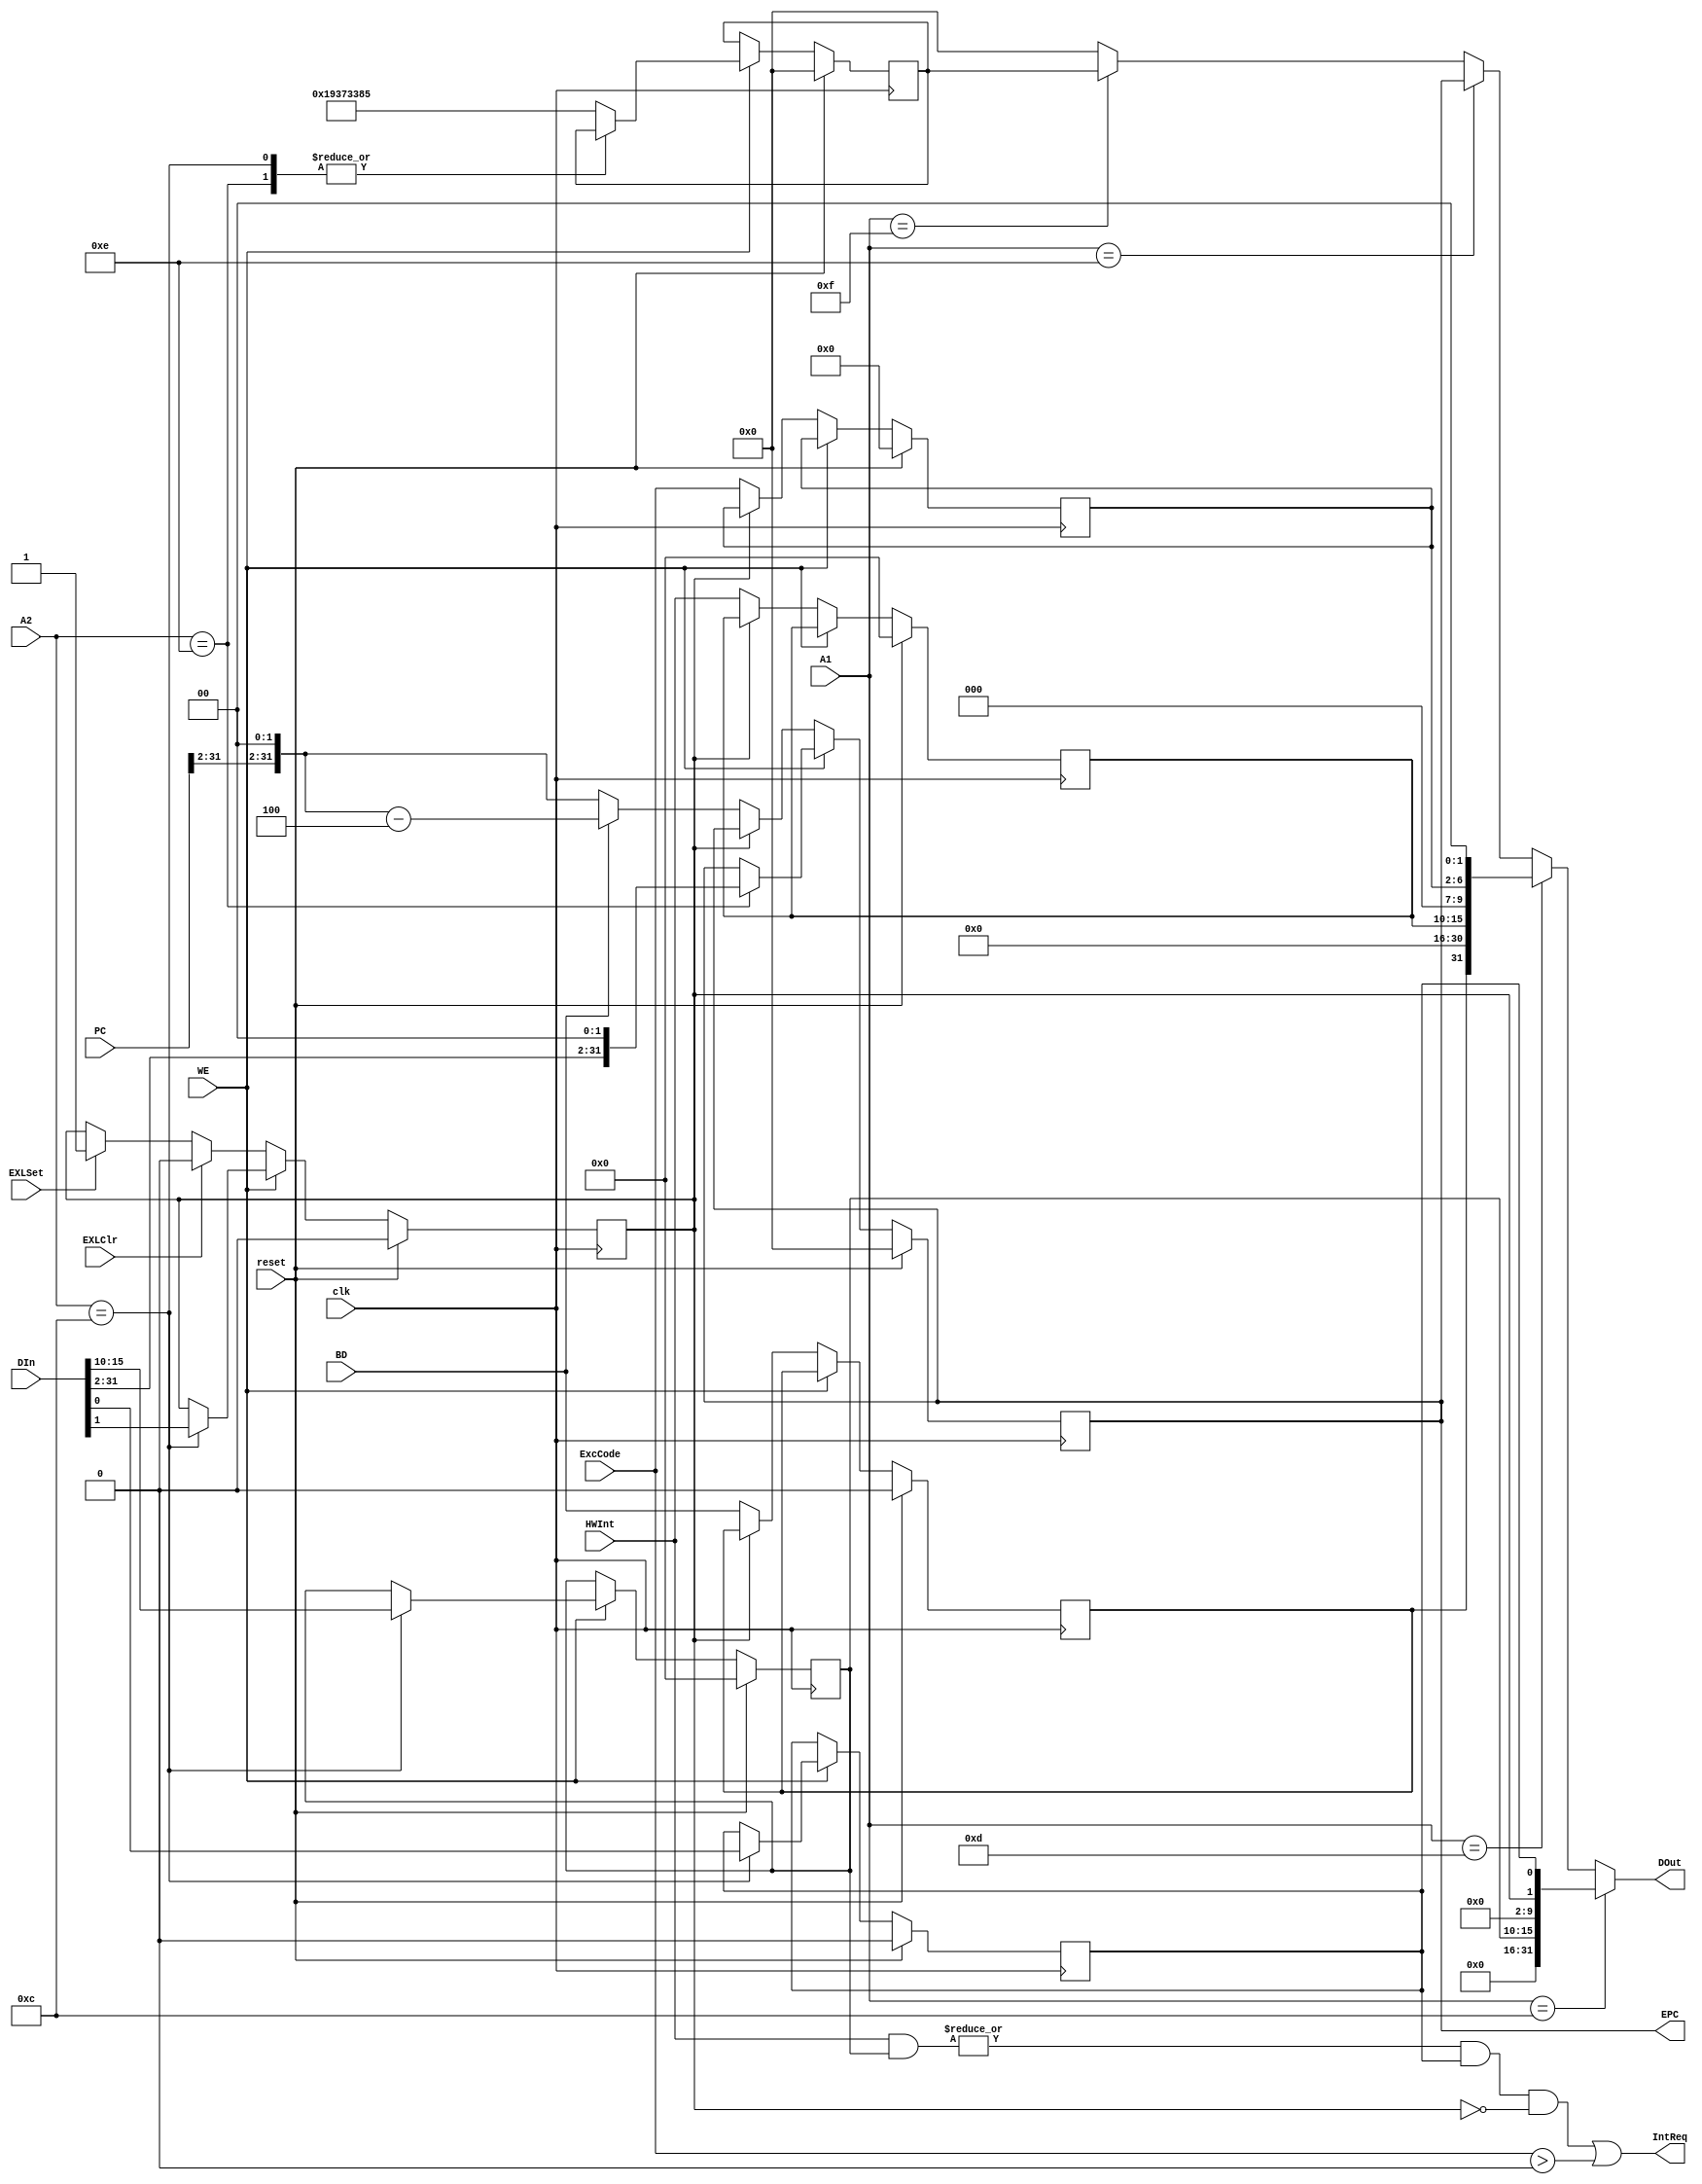
`timescale 1ns / 1ps
`default_nettype none
module CP0(
	input wire clk,
	input wire reset,
	
	input wire [4:0] A1,
	input wire [4:0] A2,
	input wire [31:0] DIn,
	input wire [31:0] PC,
	input wire [6:2] ExcCode,
	input wire [15:10] HWInt,
	input wire WE,
	input wire EXLSet,
	input wire EXLClr,
	input wire BD,
	
	output wire IntReq,
	output wire [31:0] EPC,
	output wire [31:0] DOut	
    );
	//	Declaration
	wire interrupt, exception;
	//	Design SR
	reg [15:10] SR_im;
	reg exl, ie;
	wire [31:0] reg_SR = {16'b0, SR_im, 8'b0, exl, ie};
	
	//	Design Cause
	reg reg_BD;
	reg [15:10] reg_HWInt;
	reg [6:2] reg_ExcCode;
	wire [31:0] reg_Cause = {reg_BD, 15'b0, reg_HWInt, 3'b0, reg_ExcCode, 2'b0};
	
	//	Design EPC
	reg [31:0] reg_EPC;
	assign EPC = reg_EPC;
	//	Design PRID
	reg	[31:0] PRID;
	
	//
	assign interrupt = (|(HWInt & SR_im)) & ie & !exl;
	assign exception = (ExcCode > 5'd0);
	assign IntReq = interrupt || exception;
	
	assign DOut = (A1 == 12) ? reg_SR :
				  (A1 == 13) ? reg_Cause :
				  (A1 == 14) ? reg_EPC :
				  (A1 == 15) ? PRID : 0;
	
	always @(posedge clk)begin
		if(reset)begin
			SR_im <= 0;
			exl <= 0;
			ie <= 0;
			reg_BD <= 0;
			reg_HWInt <= 0;
			reg_ExcCode <= 0;
			reg_EPC <= 0;
			PRID <= 0;
		end
		else begin
			if(WE)begin
				case(A2)
					12:	{SR_im, exl, ie} <= {DIn[15:10], DIn[1:0]};
					14:	reg_EPC <= {DIn[31:2], 2'b00};
					default:	PRID <= 32'h19373385;
				endcase
			end
			else begin
				if(EXLSet)begin
					exl <= 1'b1;
				end
				if(EXLClr)begin
					exl <= 1'b0;
				end
				if(exl == 0)begin
					reg_BD <= BD;
					reg_HWInt <= HWInt;
					reg_ExcCode <= ExcCode;
					reg_EPC	<= (BD) ? ({PC[31:2], 2'b00} - 4) : ({PC[31:2], 2'b00});
				end
			end
		end
	end
	
	//	initial
	initial begin
		SR_im <= 0;
		exl <= 0;
		ie <= 0;
		reg_BD <= 0;
		reg_HWInt <= 0;
		reg_ExcCode <= 0;
		reg_EPC <= 0;
		PRID <= 0;
	end
	//
	
	/*
	//	Declaration
	reg [31:0] SR, Cause, PRId;
	reg exl;
	wire [15:10] im;
	wire ie;
	wire cut;
	wire interrupt, exception;
	//	Initial
	initial begin
		SR <= 0;
		Cause <= 0;
		EPC <= 0;
		PRId <= 32'h12345678;
		exl <= 0;
	end
	//	IntReq signal Generate
	always @(posedge clk)begin
		if(reset)begin
			SR <= 0;
			Cause <= 0;
			EPC <= 0;
			PRId <= 32'h12345678;
			exl <= 0;
		end
		else begin
			//	MTCO
			if(WE)begin
				if(A2 == 12)begin		//	SR
					SR <= DIn;
					exl <= DIn[1];
				end
				else if(A2 == 14)begin	//	EPC
					EPC <= DIn;
				end
				else if(A2 == 15)begin	//	PRId
					PRId <= DIn;
				end
			end
			//	exl
			if(EXLSet)		exl <= 1;
			else if(EXLClr)	exl <= 0;
			//	EPC save
			if(IntReq) EPC <= PC;
			//	Cause sace
			if(IntReq)begin
				if(cut)	Cause <= {BD, 15'b0, HWInt[15:10], 3'b0, 5'b0, 2'b0};
				else	Cause <= {BD, 15'b0, HWInt[15:10], 3'b0, ExcCode[6:2], 2'b0};
			end
			if(exl == 0) Cause[15:10] <= HWInt[15:10];
		end
	end
	
	//	IntReq signal Generate & cut
	assign cut = (ie == 1 && exl == 0) ? (|(HWInt[15:10] & im[15:10])) : 0;
	
	assign interrupt = (|(HWInt & im)) & ie & !exl;
	assign exception = (ExcCode > 5'b0);
	
	assign IntReq =  interrupt || exception;
	//	DOut
	assign DOut = (A1 == 12) ? SR	 :
				  (A1 == 13) ? Cause :
				  (A1 == 14) ? EPC	 :
				  (A1 == 15) ? PRId	 : 0;
	//	SR
	assign im = SR[15:10];
	assign ie = SR[0];
	*/

endmodule